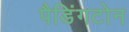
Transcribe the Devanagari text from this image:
पैडिंगटोन